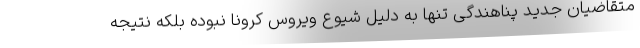
متقاضیان جدید پناهندگی تنها به دلیل شیوع ویروس کرونا نبوده بلکه نتیجه